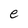
Character: e